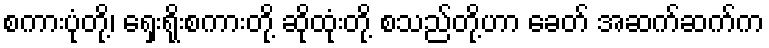
စကားပုံတို့၊ ရှေးရိုးစကားတို့ ဆိုထုံးတို့ စသည်တို့ဟာ ခေတ် အဆက်ဆက်က